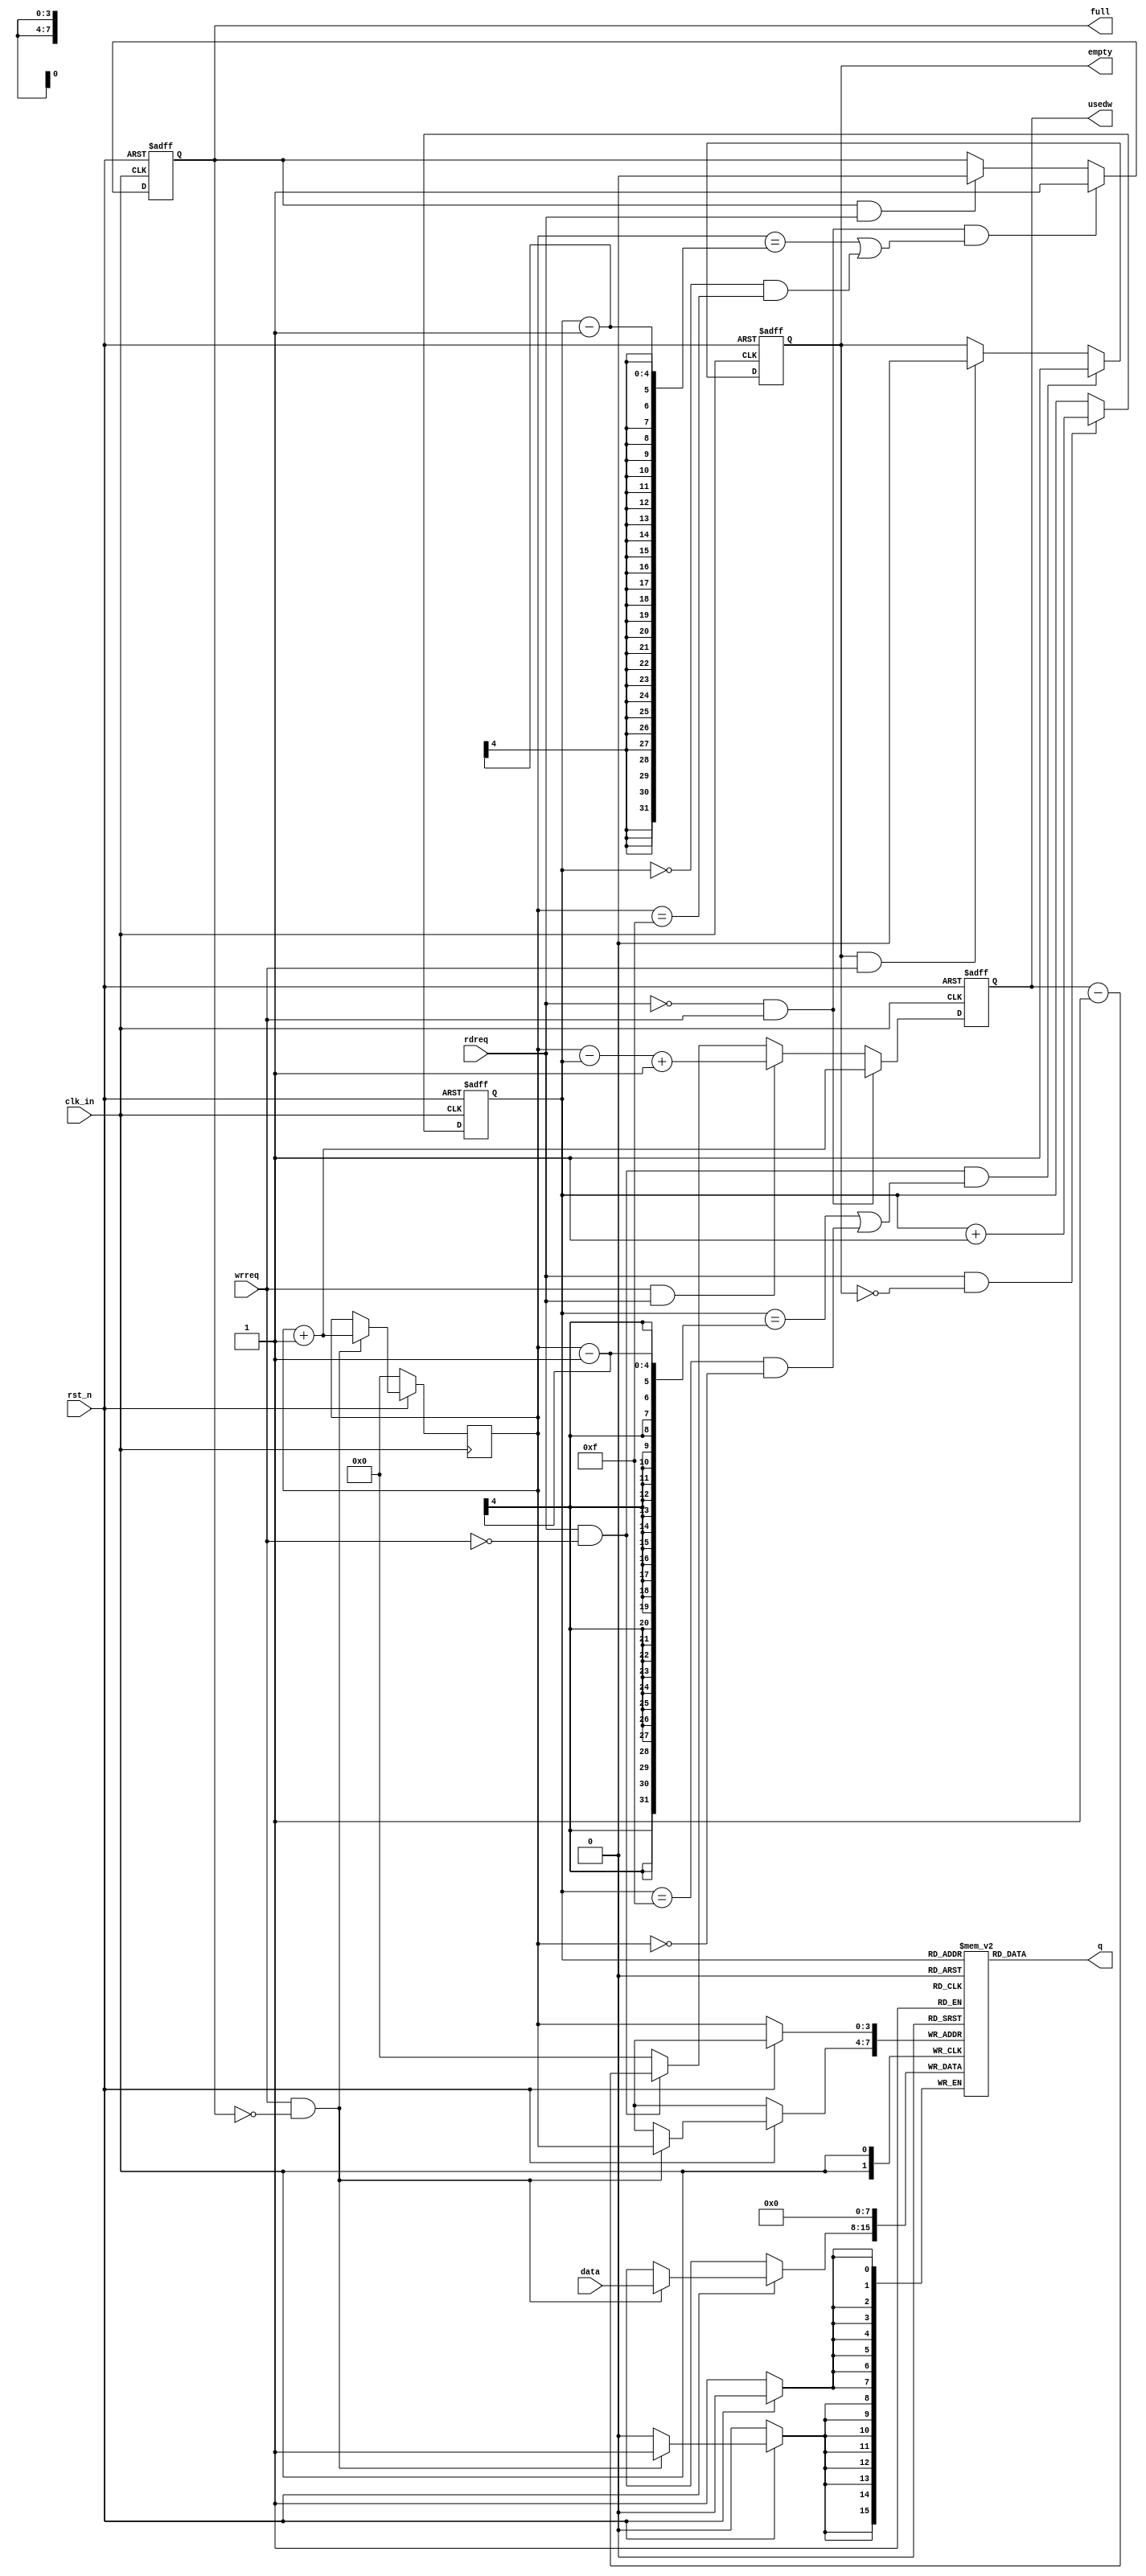
module sync_FIFO_v1(
  input         clk_in,
  input         rst_n,
  input  [7:0]  data,
  input         wrreq,
  input         rdreq,	  
  output [7:0]  q,
  output        empty,
  output        full,
  output [3:0]  usedw
  );

  reg          full_in;
  reg          empty_in;
  reg   [7:0]  mem[15:0];
  reg   [3:0]  rd_ptr;
  reg   [3:0]  wr_ptr;
  reg   [3:0]  usedw_in;

  // memory write pointer increment
  always @(posedge clk_in)
    begin
      if(!rst_n)
        begin
          wr_ptr <= 4'b0;
	  mem[wr_ptr] <= 8'b0;
	end
      else if(wrreq && ~full_in)
        begin
	  wr_ptr <= wr_ptr + 4'b1;
	  mem[wr_ptr] <= data;
	end
    end

  // memory read pointer increment
  always @(posedge clk_in or negedge rst_n)
    begin
      if(!rst_n)
        rd_ptr <= 4'b0;
      else if(rdreq && ~empty_in)
        rd_ptr <= rd_ptr + 4'b1;
    end
  
  // generate full signal
  always @(posedge clk_in or negedge rst_n)
    begin
      if(!rst_n)
        full_in <= 1'b0;
      else if((~rdreq&&wrreq) && ((wr_ptr==rd_ptr-1) || (rd_ptr==4'h0&&wr_ptr==4'hf)))
        full_in <= 1'b1;
      else if(full_in && rdreq)
        full_in <= 1'b0;
    end
  
  //generate empty signal
  always @(posedge clk_in or negedge rst_n)
    begin
      if(!rst_n)
        empty_in <= 1'b1;
      else if((rdreq&&~wrreq) && ((rd_ptr==wr_ptr-1) || (rd_ptr==4'hf&&wr_ptr==4'h0)))
        empty_in <= 1'b1;
      else if(empty_in && wrreq)
        empty_in <= 1'b0;
    end

  // generate usedw_in signal
  always @(posedge clk_in or negedge rst_n)
    begin
      if(!rst_n)
        usedw_in <= 4'b0;
      else if(wrreq && ~rdreq)
        usedw_in <= wr_ptr + 1'b1;
      else if(wrreq && rdreq)
        usedw_in <= wr_ptr - rd_ptr + 1'b1;
      else if(~wrreq && rdreq)
        usedw_in <= usedw_in - 4'b1;
      else
        usedw_in <= 1'b0;
    end

  assign full = full_in;
  assign empty = empty_in;
  assign usedw = usedw_in;
  assign q = mem[rd_ptr];

endmodule